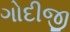
ગોદીજી